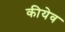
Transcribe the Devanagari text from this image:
कीयेव